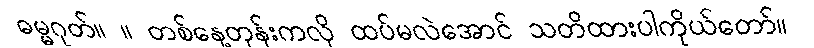
ဓမ္မဂုတ်။ ။ တစ်နေ့တုန်းကလို ထပ်မလဲအောင် သတိထားပါကိုယ်တော်။